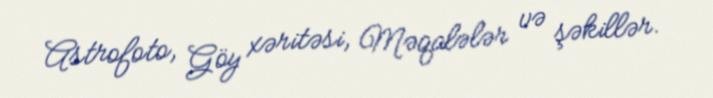
Astrofoto, Göy xəritəsi, Məqalələr və şəkillər.